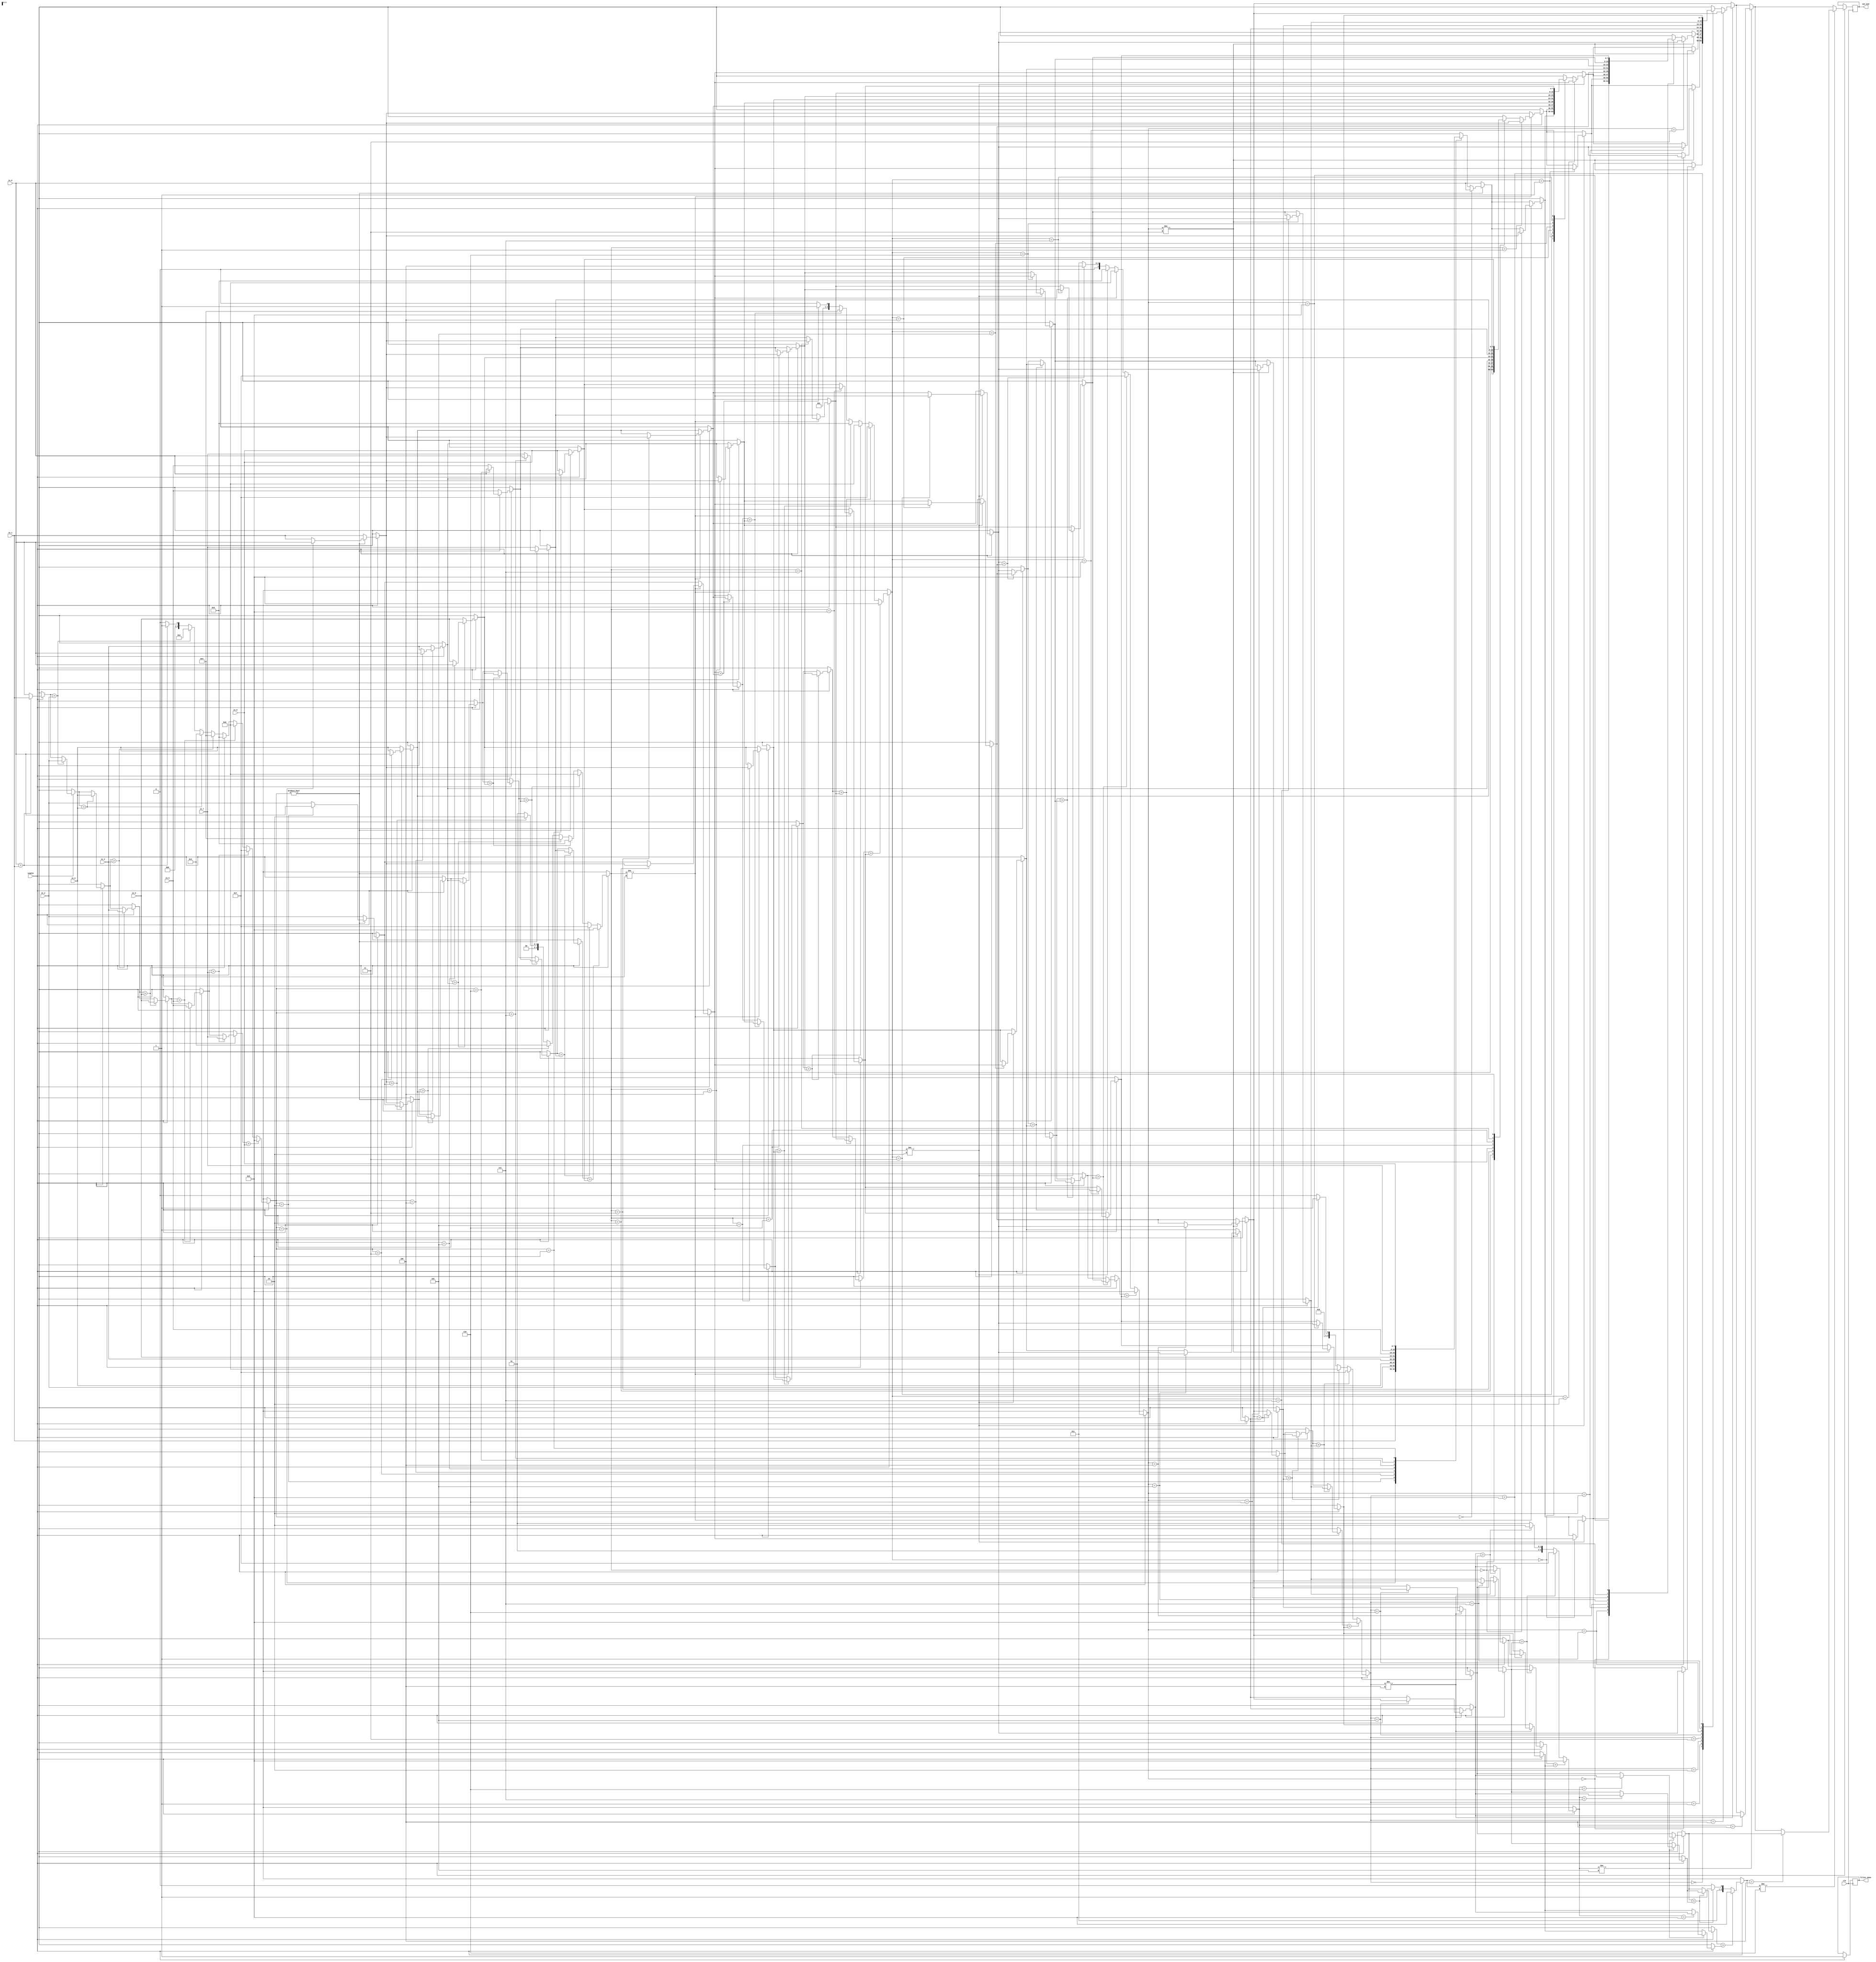
module filter(
    input clk, enable,
    input [7:0] in_0, in_1, in_2, in_3, in_4, in_5, in_6, in_7, in_8,
    output reg [7:0] out_mid, 
    output reg filter_done
  );
  reg [7:0] temp [8:0];
  reg [7:0] min, swap;
  reg [3:0] index;

initial begin
    index = 0;
end

always @(posedge clk) begin
  if(enable) begin
    filter_done = 0; // the array will be sort first
    temp[0] = in_0;
    temp[1] = in_1;
    temp[2] = in_2;
    temp[3] = in_3;
    temp[4] = in_4;
    temp[5] = in_5;
    temp[6] = in_6;
    temp[7] = in_7;
    temp[8] = in_8;
    min = temp[0];
    index = 0;
    if(min > temp[1]) begin
        min = temp[1];
        index = 1;
    end
    if(min > temp[2]) begin
        min = temp[2];
        index = 2;
    end
    if(min > temp[3]) begin
        min = temp[3];
        index = 3;
    end
    if(min > temp[4]) begin
        min = temp[4];
        index = 4;
    end
    if(min > temp[5]) begin
        min = temp[5];
        index = 5;
    end
    if(min > temp[6]) begin
        min = temp[6];
        index = 6;
    end
    if(min > temp[7]) begin
        min = temp[7];
        index = 7;
    end
    if(min > temp[8]) begin
        min = temp[8];
        index = 8;
    end
    
    if(index != 0) begin
        swap = temp[0];
        temp[0] = temp[index];
        temp[index] = swap; 
    end 
    
    min = temp[1];
    index = 1;
    if(min > temp[2]) begin
        min = temp[2];
        index = 2;
    end
    if(min > temp[3]) begin
        min = temp[3];
        index = 3;
    end
    if(min > temp[4]) begin
        min = temp[4];
        index = 4;
    end
    if(min > temp[5]) begin
        min = temp[5];
        index = 5;
    end
    if(min > temp[6]) begin
        min = temp[6];
        index = 6;
    end
    if(min > temp[7]) begin
        min = temp[7];
        index = 7;
    end
    if(min > temp[8]) begin
        min = temp[8];
        index = 8;
    end
    
    if(index != 1) begin
        swap = temp[1];
        temp[1] = temp[index];
        temp[index] = swap; 
    end 
    
    min = temp[2];
    index = 2;
    if(min > temp[3]) begin
        min = temp[3];
        index = 3;
    end
    if(min > temp[4]) begin
        min = temp[4];
        index = 4;
    end
    if(min > temp[5]) begin
        min = temp[5];
        index = 5;
    end
    if(min > temp[6]) begin
        min = temp[6];
        index = 6;
    end
    if(min > temp[7]) begin
        min = temp[7];
        index = 7;
    end
    if(min > temp[8]) begin
        min = temp[8];
        index = 8;
    end
    
    if(index != 2) begin
        swap = temp[2];
        temp[2] = temp[index];
        temp[index] = swap; 
    end 
    
    min = temp[3];
    index = 3;
    if(min > temp[4]) begin
        min = temp[4];
        index = 4;
    end
    if(min > temp[5]) begin
        min = temp[5];
        index = 5;
    end
    if(min > temp[6]) begin
        min = temp[6];
        index = 6;
    end
    if(min > temp[7]) begin
        min = temp[7];
        index = 7;
    end
    if(min > temp[8]) begin
        min = temp[8];
        index = 8;
    end
    
    if(index != 3) begin
        swap = temp[3];
        temp[3] = temp[index];
        temp[index] = swap; 
    end 
    
    min = temp[4];
    index = 4;
    if(min > temp[5]) begin
        min = temp[5];
        index = 5;
    end
    if(min > temp[6]) begin
        min = temp[6];
        index = 6;
    end
    if(min > temp[7]) begin
        min = temp[7];
        index = 7;
    end
    if(min > temp[8]) begin
        min = temp[8];
        index = 8;
    end
    
    if(index != 4) begin
        swap = temp[4];
        temp[4] = temp[index];
        temp[index] = swap; 
    end 
    
    min = temp[5];
    index = 5;
    if(min > temp[6]) begin
        min = temp[6];
        index = 6;
    end
    if(min > temp[7]) begin
        min = temp[7];
        index = 7;
    end
    if(min > temp[8]) begin
        min = temp[8];
        index = 8;
    end
    
    if(index != 5) begin
        swap = temp[5];
        temp[5] = temp[index];
        temp[index] = swap; 
    end 
    
    min = temp[6];
    index = 6;
    
    if(min > temp[7]) begin
        min = temp[7];
        index = 7;
    end
    if(min > temp[8]) begin
        min = temp[8];
        index = 8;
    end
    
    if(index != 6) begin
        swap = temp[6];
        temp[6] = temp[index];
        temp[index] = swap; 
    end 
    
    if(temp[7] > temp[8]) begin
        swap = temp[7];
        temp[7] = temp[8];
        temp[8] = swap; 
    end
    out_mid = temp[4]; 
    filter_done = 1;
  end
end

endmodule